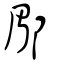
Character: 郿